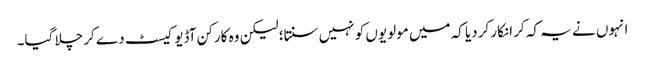
انہوں نے یہ کہ کر انکار کردیا کہ میں مولویوں کو نہیں سنتا؛ لیکن وہ کارکن آڈیو کیسٹ دے کر چلا گیا۔